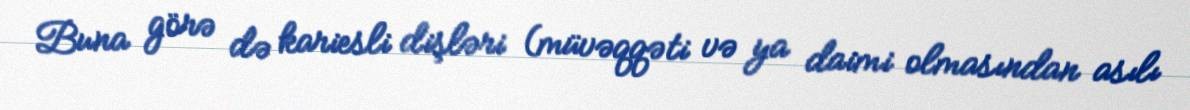
Buna görə də kariesli dişləri (müvəqqəti və ya daimi olmasından asılı